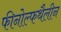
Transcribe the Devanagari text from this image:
फीनोल्फथैलीन